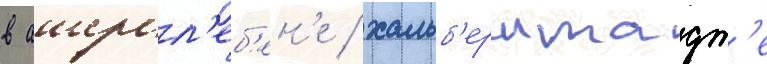
в ашерсл'еб'ен'е / хальб'ерштадт'е